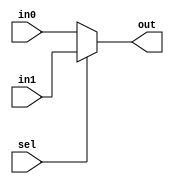
module mux_2_32(sel, in0, in1, out);
	input sel;
	input [31:0] in0,in1;
	output [31:0] out;
	assign out = sel ? in1 : in0;
endmodule